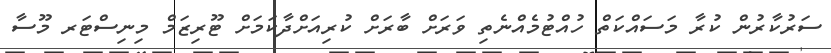
ސަރުކާރުން ކުރާ މަސައްކަތް ހުއްޓުމެއްނެތި ވަރަށް ބާރަށް ކުރިއަށްދާކަމަށް ޓޫރިޒަމް މިނިސްޓަރ މޫސާ